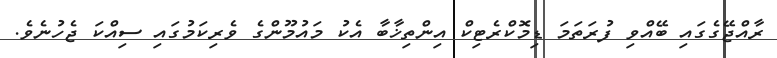
ރާއްޖޭގެގައި ބޭއްވި ފުރަތަމަ ޑިމޮކްރެޓިކް އިންތިޚާބާ އެކު މައުމޫންގެ ވެރިކަމުގައި ސިއްކަ ޖެހުނެވެ.